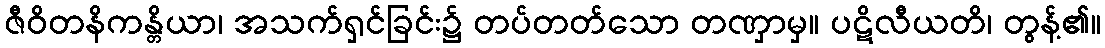
ဇီဝိတနိကန္တိယာ၊ အသက်ရှင်ခြင်း၌ တပ်တတ်သော တဏှာမှ။ ပဋိလီယတိ၊ တွန့်၏။